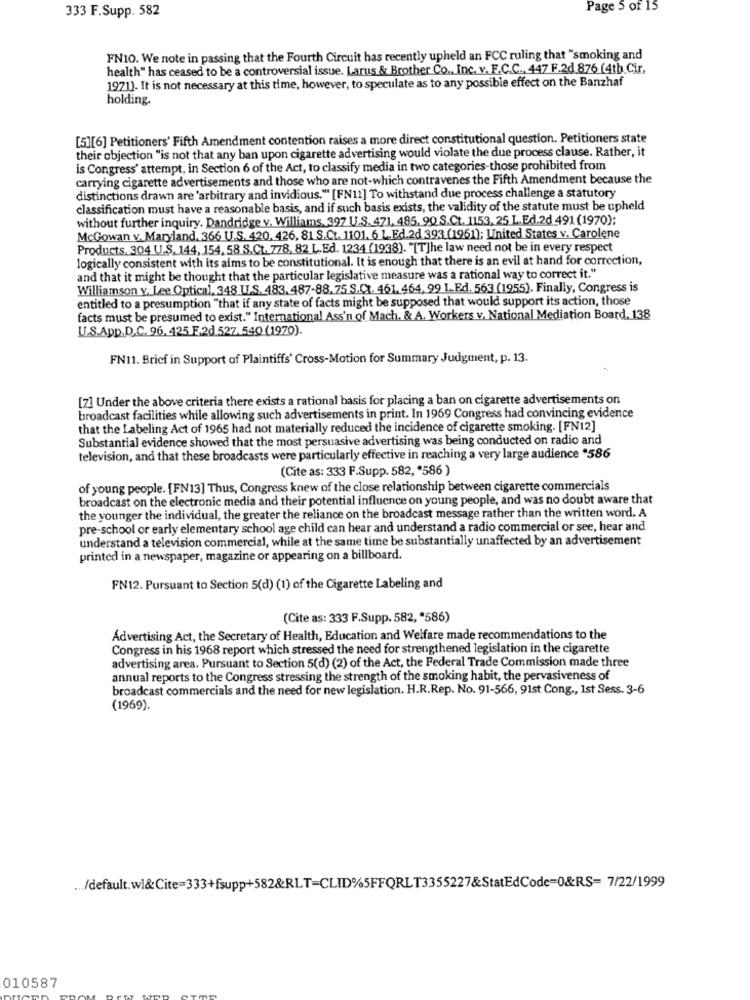
333 F.Supp. 582
Page 5 of 15
FN10. We note in passing that the Fourth Circuit has recently upheld an FCC ruling that "smoking and
health" has ceased to be a controversial issue. Larus & Brother Co ., Inc. v. F.C.C ., 447 F.2d.876 (4th Cir,
1971). It is not necessary at this time, however, to speculate as to any possible effect on the Banzhaf
holding.
[5][6] Petitioners' Fifth Amendment contention raises a more direct constitutional question. Petitioners state
their objection "is not that any ban upon cigarette advertising would violate the due process clause. Rather, it
is Congress' attempt, in Section 6 of the Act, to classify media in two categories-those prohibited from
carrying cigarette advertisements and those who are not-which contravenes the Fifth Amendment because the
distinctions drawn are 'arbitrary and invidious." [FN11] To withstand due process challenge a statutory
classification must have a reasonable basis, and if such basis exists, the validity of the statute must be upheld
without further inquiry. Dandridge v. Williams. 397 U.S. 471, 485, 90 S.Ct. 1153, 25 L.Ed.2d 491 (1970);
McGowan v. Maryland, 366 U.S. 420, 426, 81 S.Ct. 1101. 6 L.Ed.2d 393 (1961); United States v. Carolene
Products, 304 U.S. 144, 154, 58 S.Ct. 778, 82 L.Ed. 1234 (1938). "[T]he law need not be in every respect
logically consistent with its aims to be constitutional. It is enough that there is an evil at hand for correction,
and that it might be thought that the particular legislative measure was a rational way to correct it."
Williamson v, Lee Optical, 348 U.S. 483. 487-88, 75 S.C .. 461. 464, 99 L.Ed. 563 (1955). Finally, Congress is
entitled to a presumption "that if any state of facts might be supposed that would support its action, those
facts must be presumed to exist." International Ass'n of Mach. & A. Workers v. National Mediation Board. 138
U.S.App.D.C. 96. 425 F.2d.527.540 (1970).
FN11. Brief in Support of Plaintiffs' Cross-Motion for Summary Judgment, p. 13.
[7] Under the above criteria there exists a rational basis for placing a ban on cigarette advertisements on
broadcast facilities while allowing such advertisements in print. In 1969 Congress had convincing evidence
that the Labeling Act of 1965 had not materially reduced the incidence of cigarette smoking. [FN12]
Substantial evidence showed that the most persuasive advertising was being conducted on radio and
television, and that these broadcasts were particularly effective in reaching a very large audience "586
(Cite as: 333 F.Supp. 582, '586 )
of young people. [FN13] Thus, Congress knew of the close relationship between cigarette commercials
broadcast on the electronic media and their potential influence on young people, and was no doubt aware that
the younger the individual, the greater the reliance on the broadcast message rather than the written word. A
pre-school or early elementary school age child can hear and understand a radio commercial or see, hear and
understand a television commercial, while at the same time be substantially unaffected by an advertisement
printed in a newspaper, magazine or appearing on a billboard.
FN12. Pursuant to Section 5(d) (1) of the Cigarette Labeling and
(Cite as: 333 F.Supp. 582, "586)
Advertising Act, the Secretary of Health, Education and Welfare made recommendations to the
Congress in his 1968 report which stressed the need for strengthened legislation in the cigarette
advertising area. Pursuant to Section 5(d) (2) of the Act, the Federal Trade Commission made three
annual reports to the Congress stressing the strength of the smoking habit, the pervasiveness of
broadcast commercials and the need for new legislation. H.R.Rep. No. 91-566, 91st Cong ., Ist Sess. 3-6
(1969).
... /default.wl&Cite=333+fsupp+582&RLT=CLID%5FFQRLT3355227&StatEdCode=0&RS= 7/22/1999
010587